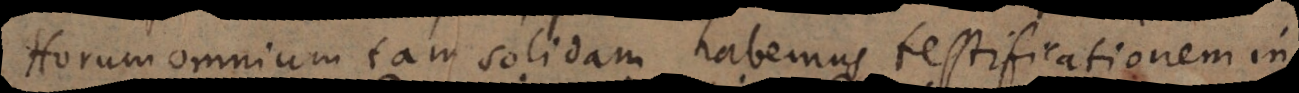
Horum omnium tam solidam habemus testificationem in